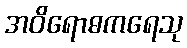
အဝိရောဓကရေသု